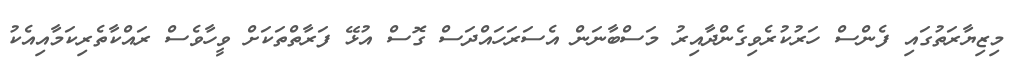
މިޒިޔާރަތުގައި ފެންސް ހަރުކުރެވިގެންދާއިރު މަސްބާނަން އެސަރަހައްދަސް ގޮސް އުޅޭ ފަރާތްތަކަށް ވީހާވެސް ރައްކާތެރިކަމާއިއެކު